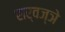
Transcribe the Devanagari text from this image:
सर्वज्ञे